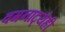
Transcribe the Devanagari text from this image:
वगनाट्येही